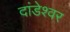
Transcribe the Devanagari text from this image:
दांडेश्वर